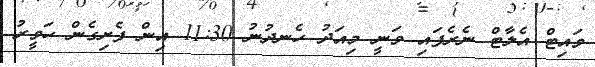
ވައިޓް އެލާޓް ނެރެފައި ވަނީ މިއަދު ހެނދުނު 11:30 އިން ފެށިގެން ހަވީރު